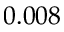
0 . 0 0 8